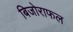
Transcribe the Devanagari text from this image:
बिजोराफल